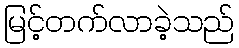
မြင့်တက်လာခဲ့သည်